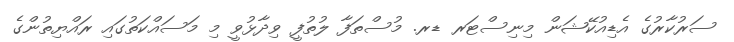
ސަރުކާރުގެ އެޑިއުކޭޝަން މިނިސްޓަރ ޑރ. މުސްތަފާ ލުތުފީ ވިދާޅުވީ މި މަސައްކަތުގައި ރައްޔިތުންގެ